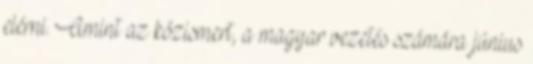
elérni. Amint az közismert, a magyar vezetés számára június